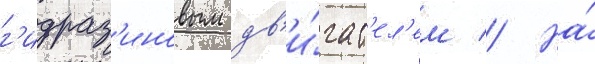
г'идраз'иновым дв'и́гат'ел'ем // На́